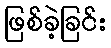
ဖြစ်ခဲ့ခြင်း